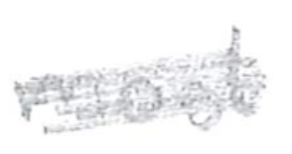
Text: most
Cross-out: scratch
Writing tool: pencil